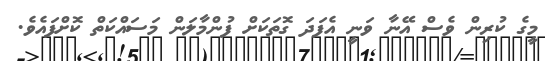
މީގެ ކުރިން ވެސް އޭނާ ވަނީ އެފަދަ ގޮތަކަށް ފުންމާލަން މަސައްކަތް ކޮށްފައެވެ.